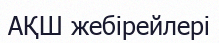
АҚШ жебірейлері